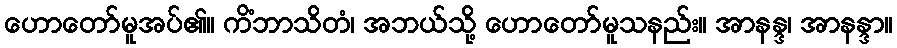
ဟောတော်မူအပ်၏။ ကိံဘာသိတံ၊ အဘယ်သို့ ဟောတော်မူသနည်း။ အာနန္ဒ၊ အာနန္ဒာ။